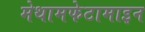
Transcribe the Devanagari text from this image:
मेथामफेटामाइन